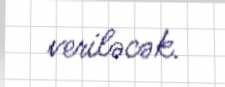
veriləcək.